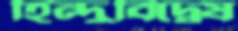
হিন্দুবিদ্বেষ